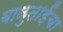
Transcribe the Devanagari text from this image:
बाळुताईंचा